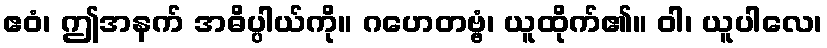
ဧဝံ၊ ဤအနက် အဓိပ္ပါယ်ကို။ ဂဟေတဗ္ဗံ၊ ယူထိုက်၏။ ဝါ၊ ယူပါလေ၊